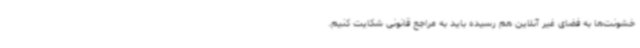
خشونت‌ها به فضای غیر آنلاین هم رسیده باید به مراجع قانونی شکایت کنیم.